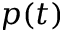
p ( t )